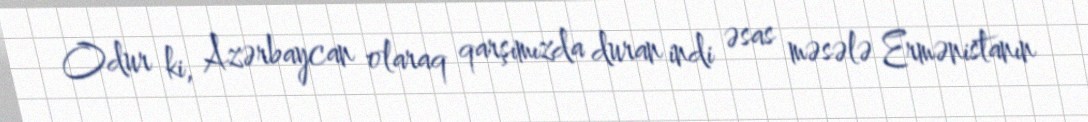
Odur ki, Azərbaycan olaraq qarşımızda duran indi əsas məsələ Ermənistanın